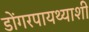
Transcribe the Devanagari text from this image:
डोंगरपायथ्याशी